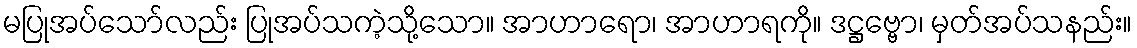
မပြုအပ်သော်လည်း ပြုအပ်သကဲ့သို့သော။ အာဟာရော၊ အာဟာရကို။ ဒဋ္ဌဗ္ဗော၊ မှတ်အပ်သနည်း။